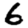
Digit: 6